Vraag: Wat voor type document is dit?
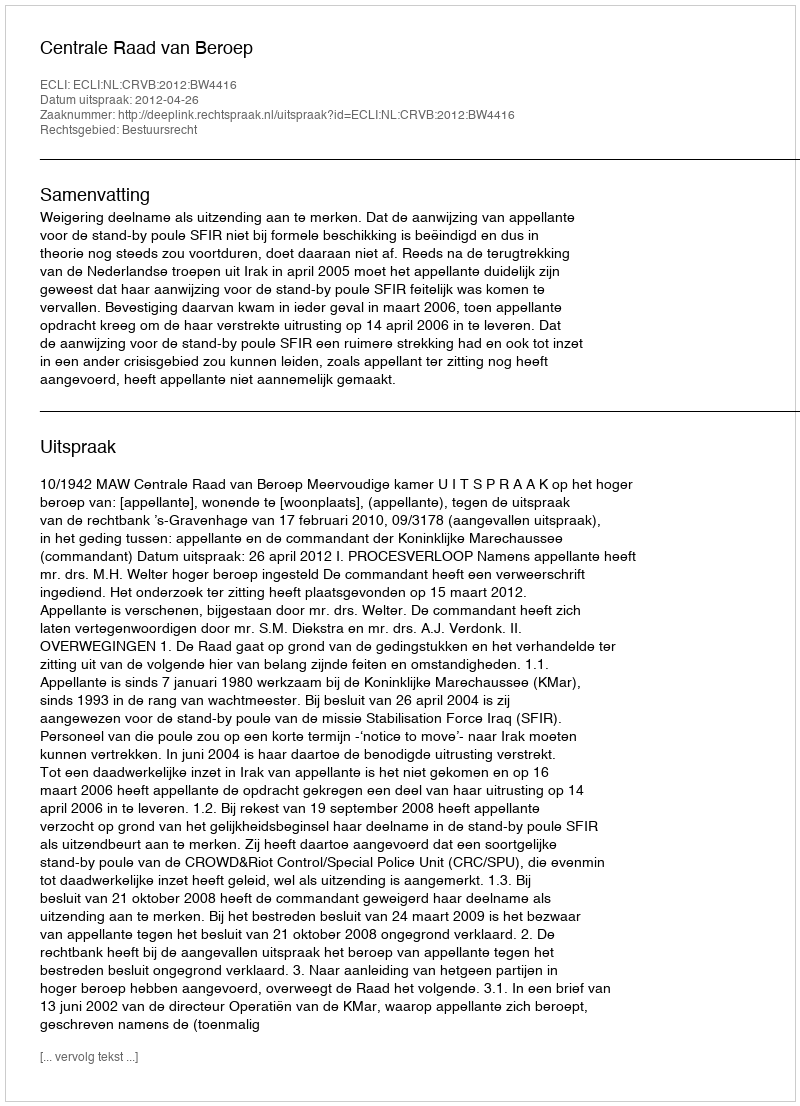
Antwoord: Uitspraak